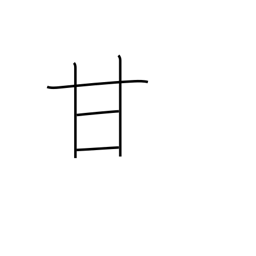
Meaning: pamper